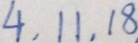
4 , 1 1 , 1 8